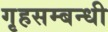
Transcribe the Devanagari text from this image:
गृहसम्बन्धी